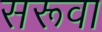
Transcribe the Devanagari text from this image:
सरूवा